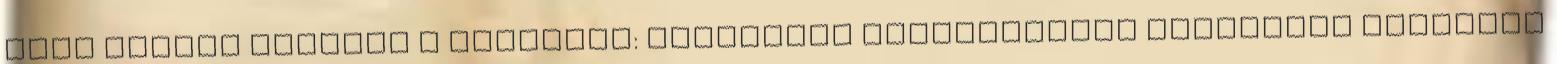
este között Aktívan a munkáért: hátrányos helyzetűeket segítenek munkához